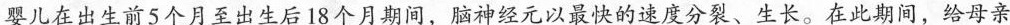
婴儿在出生前5个月至出生后18个月期间，脑神经元以最快的速度分裂、生长。在此期间，给母亲